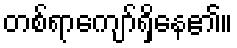
တစ်ရာကျော်ရှိနေ၏။